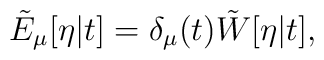
\tilde{E}_\mu[\eta|t] = \delta_\mu(t) \tilde{W}[\eta|t],